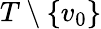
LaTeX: T\setminus\{ v_{0}\}